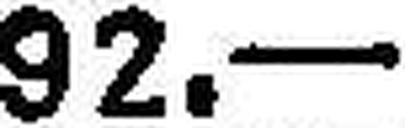
92.—